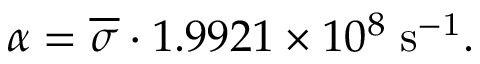
\alpha = \overline { { \sigma } } \cdot 1 . 9 9 2 1 \times 1 0 ^ { 8 } \; \mathrm { { s ^ { - 1 } } } .